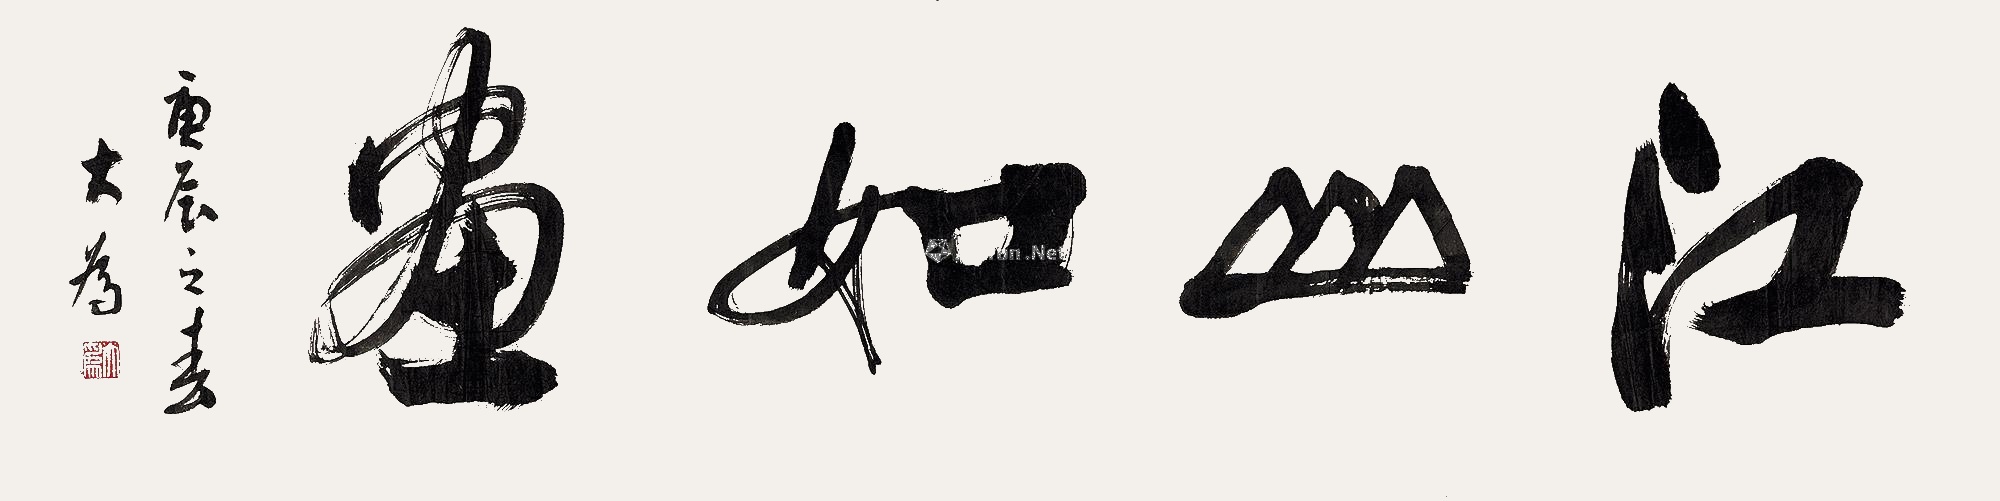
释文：江山如画庚辰之春，大为。